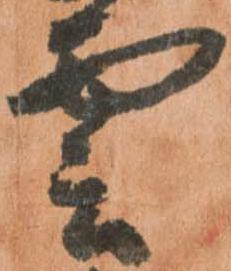
雲